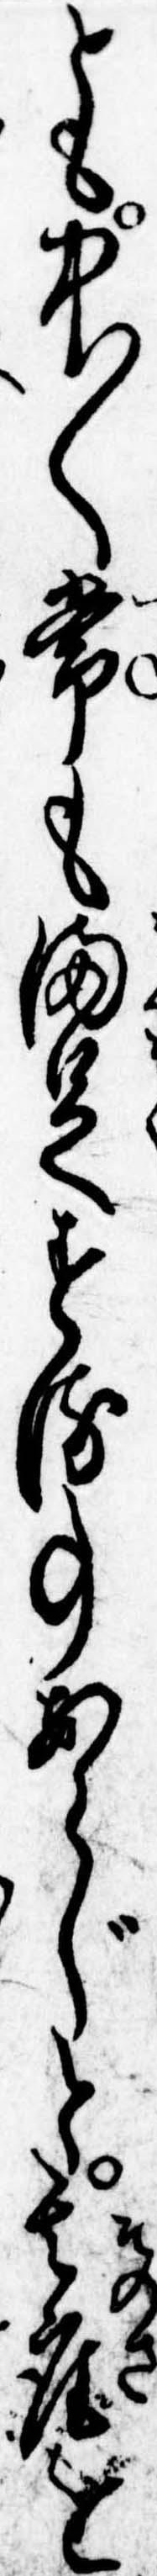
とも中〱常も満足する事あらじと其座を